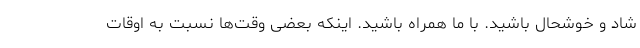
شاد و خوشحال باشید. با ما همراه باشید. اینکه بعضی وقت‌ها نسبت به اوقات